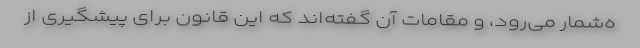
ه‌شمار می‌رود، و مقامات آن گفته‌اند که این قانون برای پیشگیری از